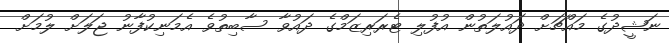
ނަޝީދުގެ މައްޗަށް ދައުލަތުން އުފުލި ޓެރަރިޒަމްގެ ދައުވާ ސާބިތުވެ އެމަނިކުފާނު ޖަލަށް ލުމަށް